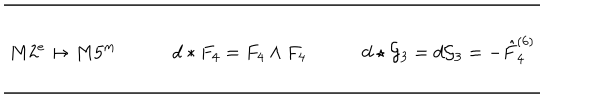
LaTeX: \begin{array} { c c c } \hline { { \hline } } & { { } } & { { } } \\ { { M 2 ^ { e } \mapsto M 5 ^ { m } } } & { { \qquad d * F _ { 4 } = F _ { 4 } \wedge F _ { 4 } } } & { { \qquad d \star { \cal G } _ { 3 } = d { \cal G } _ { 3 } = - \hat { F } _ { 4 } ^ { ( 6 ) } } } \\ { { } } & { { } } & { { } } \\ \hline { { \hline } } \\ \end{array}